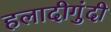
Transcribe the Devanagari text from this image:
हलादीगुंदी